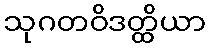
သုဂတဝိဒတ္ထိယာ